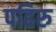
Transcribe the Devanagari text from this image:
पहिरु